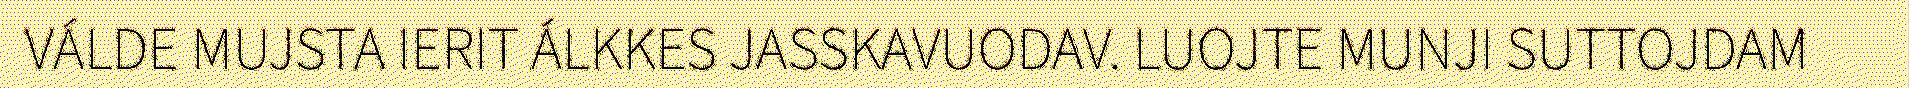
VÁLDE MUJSTA IERIT ÁLKKES JASSKAVUODAV. LUOJTE MUNJI SUTTOJDAM